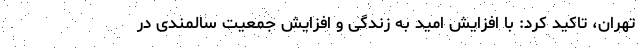
تهران، تاکید کرد: با افزایش امید به زندگی و افزایش جمعیت سالمندی در